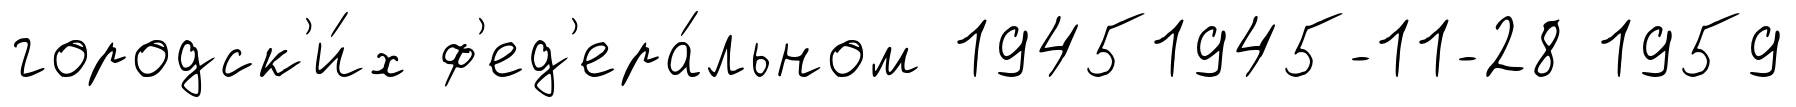
городск'и́х ф'ед'ера́льном 19451945-11-28 1959